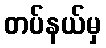
တပ်နယ်မှ